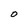
Character: 0